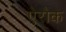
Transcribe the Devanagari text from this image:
ऐरोक